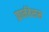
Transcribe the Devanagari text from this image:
फ़ार्नबेसस